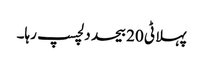
پہلا ٹی 20 بیحد دلچسپ رہا۔